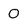
Character: O